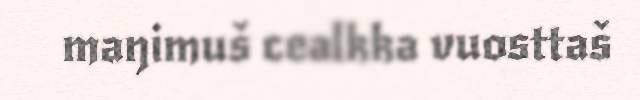
maŋimuš cealkka vuosttaš